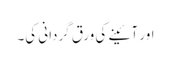
اور آئینے کی ورق گردانی کی۔